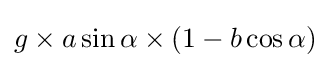
g\times a\sin \alpha \times (1-b\cos \alpha )